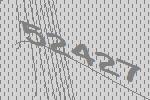
52427